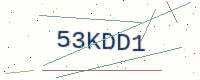
Text: 53KDD1